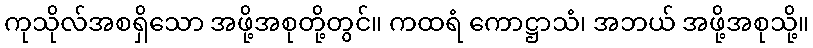
ကုသိုလ်အစရှိသော အဖို့အစုတို့တွင်။ ကထရံ ကောဋ္ဌာသံ၊ အဘယ် အဖို့အစုသို့။